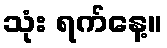
သုံး ရက်နေ့။